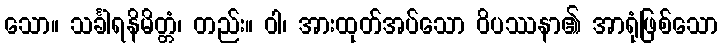
သော။ သင်္ခါရနိမိတ္တံ၊ တည်း။ ဝါ၊ အားထုတ်အပ်သော ဝိပဿနာ၏ အာရုံဖြစ်သော